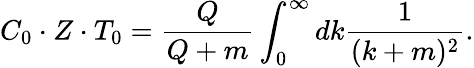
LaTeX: C_{0}\cdot Z\cdot T_{0}=\frac{Q}{Q+m}\int_{0}^{\infty}dk\frac{1}{(k+m)^{2}}.